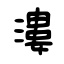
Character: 漊